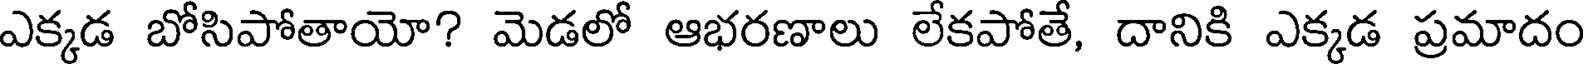
ఎక్కడ బోసిపోతాయో? మెడలో ఆభరణాలు లేకపోతే, దానికి ఎక్కడ ప్రమాదం